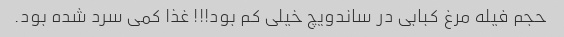
حجم فیله مرغ کبابی در ساندویچ خیلی کم بود!!! غذا کمی سرد شده بود.